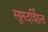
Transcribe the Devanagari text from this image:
सुप्तदर्शित